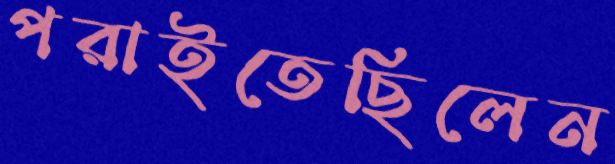
পরাইতেছিলেন